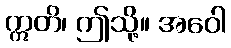
ဣတိ၊ ဤသို့။ အဝေါ